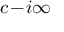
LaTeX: c \! - \! i \infty